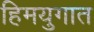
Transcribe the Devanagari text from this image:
हिमयुगात